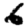
Digit: 6